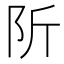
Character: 𨸢